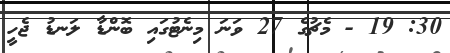
30: 19 - މެޗުގެ 27 ވަނަ މިނެޓުގައި ބޮންޑާ ލަނޑު ޖެހީ